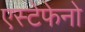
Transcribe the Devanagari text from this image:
एस्टेफेनो